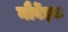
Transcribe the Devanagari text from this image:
नौर्वेइक